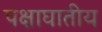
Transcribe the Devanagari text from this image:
पक्षाघातीय